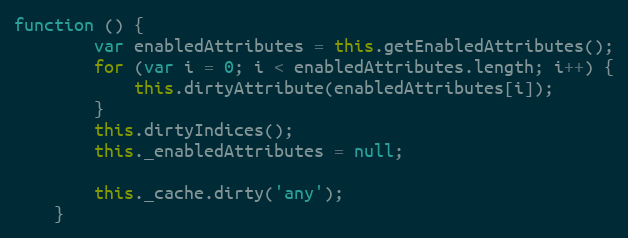
Language: JavaScript
function () {
        var enabledAttributes = this.getEnabledAttributes();
        for (var i = 0; i < enabledAttributes.length; i++) {
            this.dirtyAttribute(enabledAttributes[i]);
        }
        this.dirtyIndices();
        this._enabledAttributes = null;

        this._cache.dirty('any');
    }